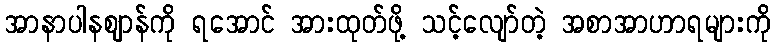
အာနာပါနဈာန်ကို ရအောင် အားထုတ်ဖို့ သင့်လျော်တဲ့ အစာအာဟာရများကို